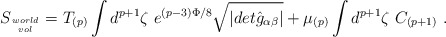
\begin{align*}S_{world\atop vol} = T_{(p)} \int d^{p+1}\zeta\ e^{(p-3)\Phi/8}\sqrt{\vert det{\hat g}_{\alpha\beta}\vert} + \mu_{(p)} \int d^{p+1}\zeta\ C_{(p+1)} \ .\end{align*}